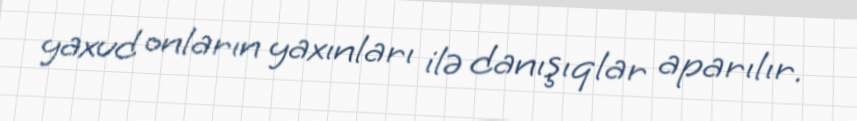
yaxud onların yaxınları ilə danışıqlar aparılır.